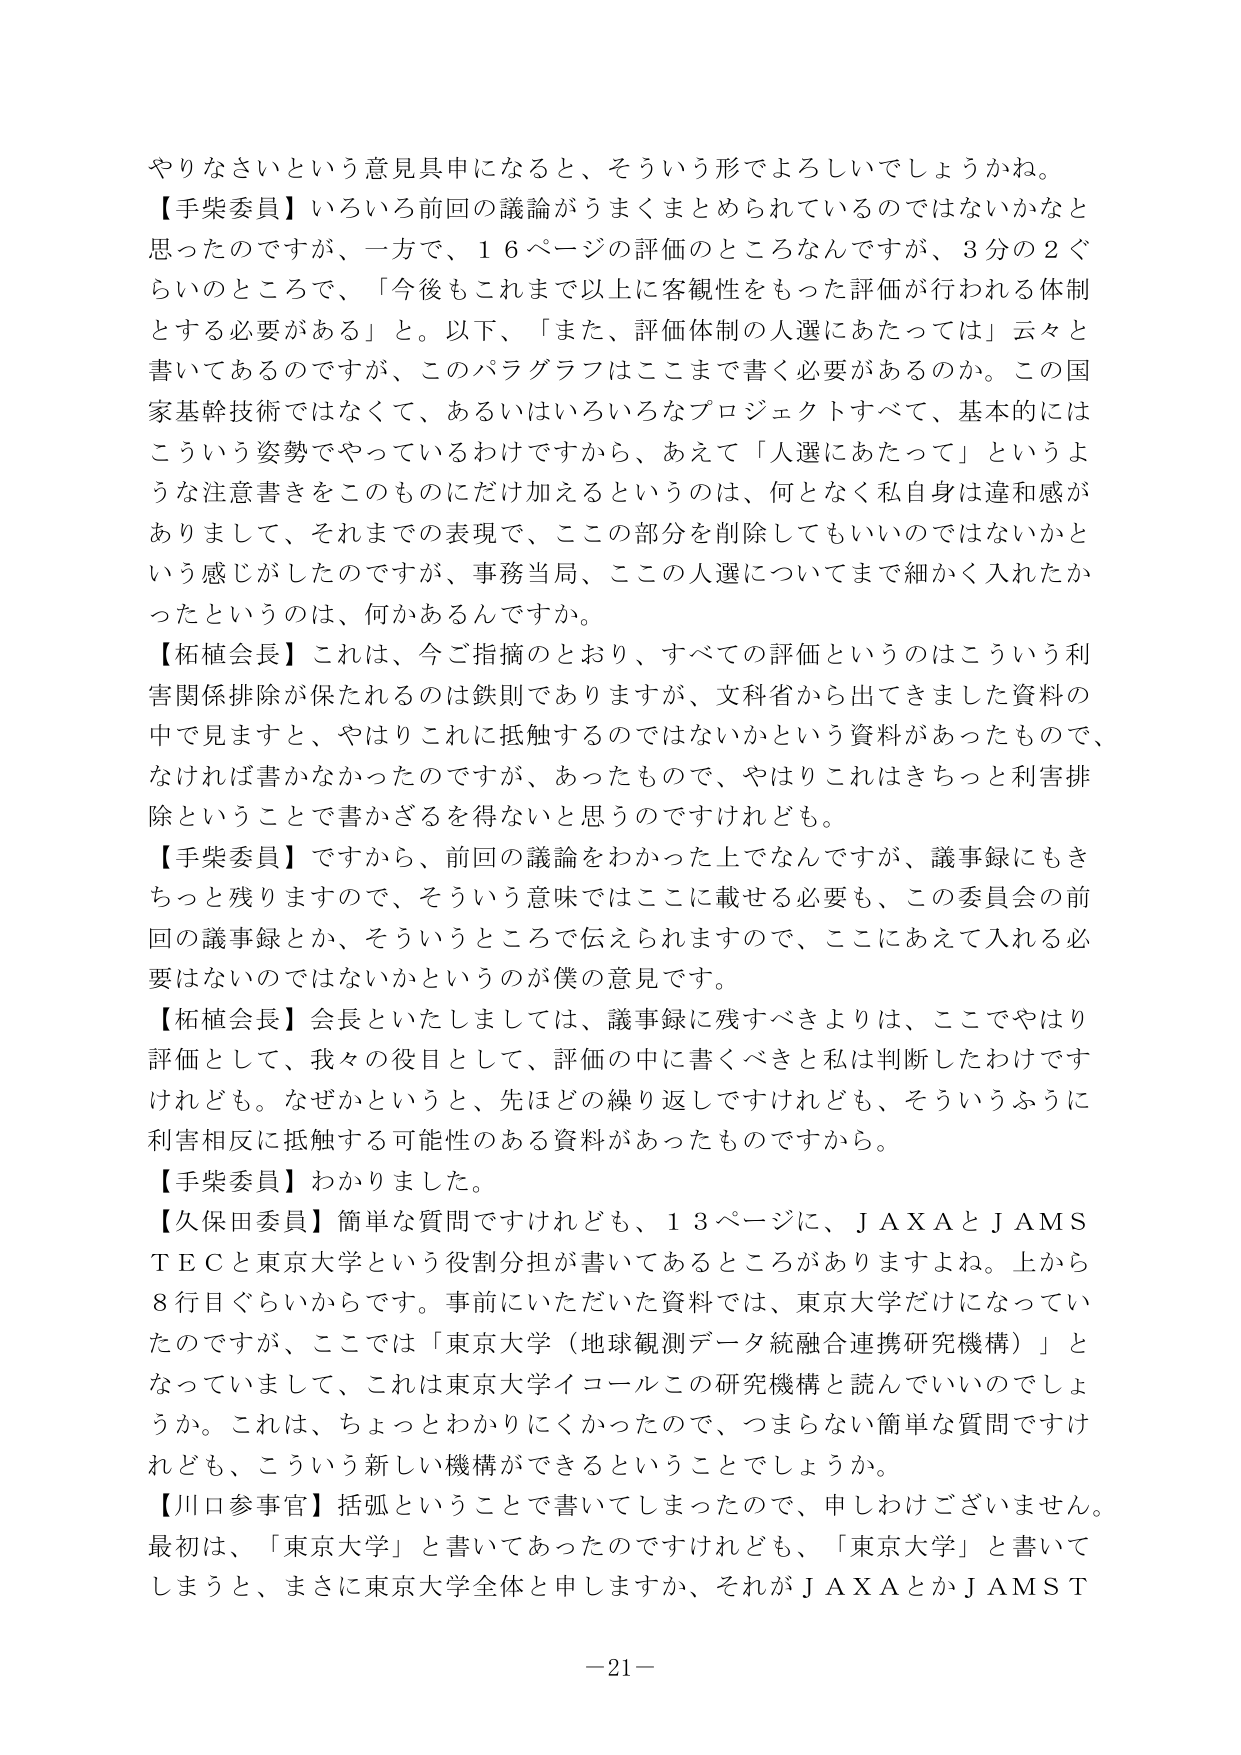
やりなさいという意見具申になると、そういう形でよろしいでしょうか。

【手柴委員】いろいろ前回の議論がうまくまとめられているのではないかなと思ったのですが、一方で、１６ページの評価のところなんですが、３分の２ぐらいのところで、「今後もこれまで以上に客観性をもった評価が行われる体制とする必要がある」と。以下、「また、評価体制の人選にあたっては」云々と書いてあるのですが、このパラグラフはここまで書く必要があるのか。この国家基幹技術ではなくて、あるいはいろいろなプロジェクトすべて、基本的にはこういう姿勢でやっているわけですから、あえて「人選にあたって」というような注意書きをこのものにだけ加えるというのは、何となく私自身は違和感がありまして、それまでの表現で、この部分を削除してもいいのではないかという感じがしたのですが、事務当局、この人選についてまで細かく入れたかったというのは、何かあるんですか。

【柘植会長】これは、今ご指摘のとおり、すべての評価というのはこういう利害関係排除が保たれるのは鉄則でありますが、文科省から出てきました資料の中で見ますと、やはりこれに抵触するのではないかという資料があったもので、なければ書かなかったのですが、あったもので、やはりこれはきちっと利害排除ということで書かざるを得ないと思うのですけれども。

【手柴委員】ですから、前回の議論をわかった上でなんですが、議事録にもきちっと残りますので、そういう意味ではここに載せる必要も、この委員会の前回の議事録とか、そういうところで伝えられますので、ここにあえて入れる必要はないのではないかというのが僕の意見です。

【柘植会長】会長といたしましては、議事録に残すべきよりは、ここでやはり評価として、我々の役目として、評価の中に書くべきと私は判断したわけですけれども。なぜかというと、先ほどの繰り返しですけれども、そういうふうに利害相反に抵触する可能性のある資料があったものですから。

【手柴委員】わかりました。

【久保田委員】簡単な質問ですけれども、１３ページに、ＪＡＸＡとＪＡＭＳＴＥＣと東京大学という役割分担が書いてあるところがありますよね。上から８行目ぐらいからです。事前にいただいた資料では、東京大学だけになっていたのですが、ここでは「東京大学（地球観測データ統融合連携研究機構）」となっていましたし、これは東京大学イコールこの研究機構と読んでいいのでしょうか。これは、ちょっとわかりにくかったので、つまらない簡単な質問ですけれども、こういう新しい機構ができるということでしょうか。

【川口参事官】括弧ということで書いてしまったので、申しわけございません。最初は、「東京大学」と書いてあったのですけれども、「東京大学」と書いてしまうと、まさに東京大学全体と申しますか、それがＪＡＸＡとかＪＡＭＳＴ

－21－